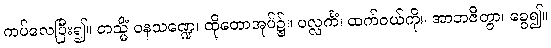
ကပ်လေပြီး၍။ တသ္မိံ ဝနသဏ္ဍေ၊ ထိုတောအုပ်၌။ ပလ္လင်္ကံ၊ ထက်ဝယ်ကို။ အာဘဇိတွာ၊ ခွေ၍။